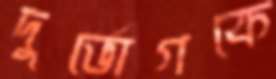
দুর্ভোগকে